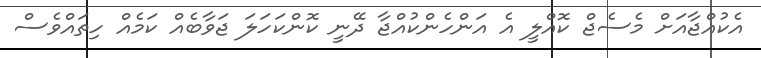
އެކުއްޖާއަށް މެސެޖް ކޮއްލީ އެ އަންހެންކުއްޖާ ދޭނީ ކޮންކަހަލަ ޖަވާބެއް ކަމެއް ހިތައްވެސް